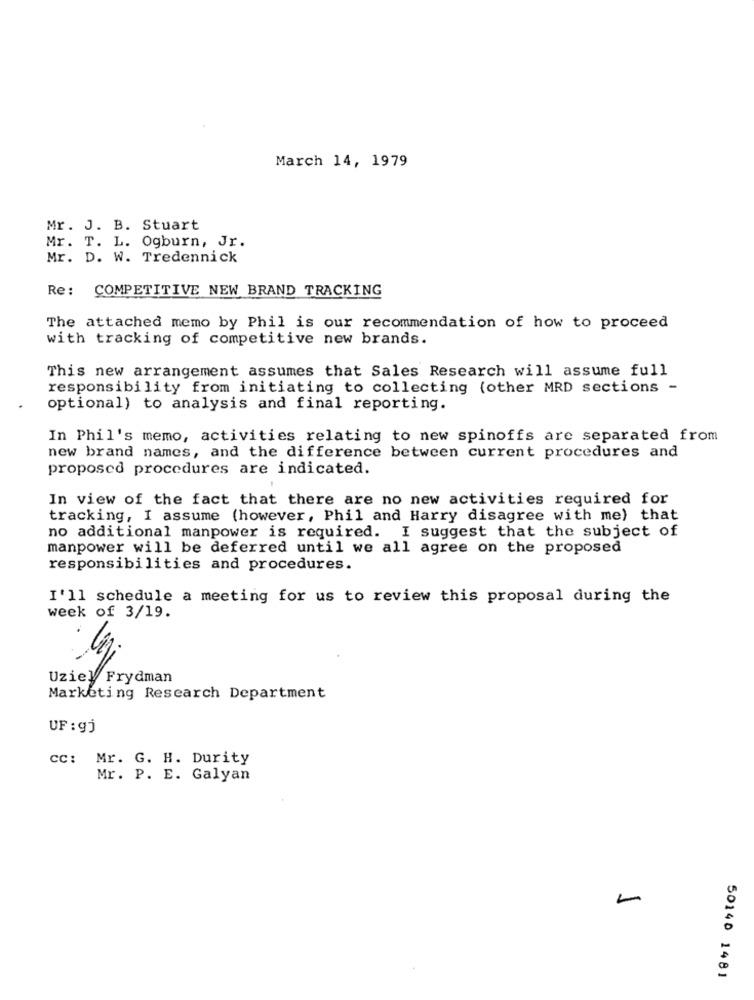
March 14, 1979
Mr. J. B. Stuart
Mr. T. L. Ogburn, Jr.
Mr. D. W. Tredennick
Re: COMPETITIVE NEW BRAND TRACKING
The attached memo by Phil is our recommendation of how to proceed
with tracking of competitive new brands.
This new arrangement assumes that Sales Research will assume full
responsibility from initiating to collecting (other MRD sections -
optional) to analysis and final reporting.
In Phil's memo, activities relating to new spinoffs are separated from
new brand names, and the difference between current procedures and
proposed procedures are indicated.
In view of the fact that there are no new activities required for
tracking, I assume (however, Phil and Harry disagree with me) that
no additional manpower is required. I suggest that the subject of
manpower will be deferred until we all agree on the proposed
responsibilities and procedures.
I'll schedule a meeting for us to review this proposal during the
week of 3/19.
Uziel Frydman
Marketing Research Department
UF : gj
CC: Mr. G. H. Durity
Mr. P. E. Galyan
50140 1481